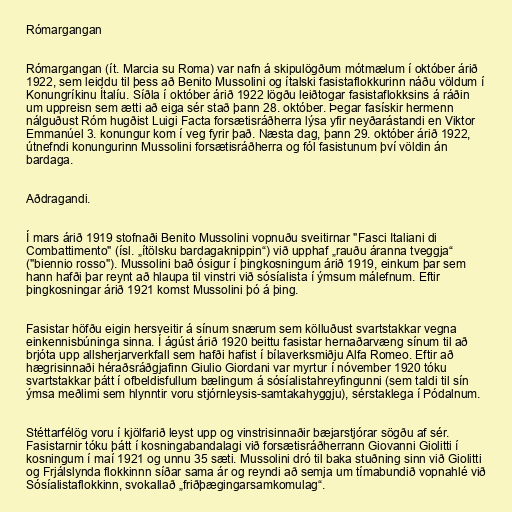
Rómargangan

Rómargangan (ít. Marcia su Roma) var nafn á skipulögðum mótmælum í október árið
1922, sem leiddu til þess að Benito Mussolini og ítalski fasistaflokkurinn náðu völdum í
Konungríkinu Ítalíu. Síðla í október árið 1922 lögðu leiðtogar fasistaflokksins á ráðin
um uppreisn sem ætti að eiga sér stað þann 28. október. Þegar fasískir hermenn
nálguðust Róm hugðist Luigi Facta forsætisráðherra lýsa yfir neyðarástandi en Viktor
Emmanúel 3. konungur kom í veg fyrir það. Næsta dag, þann 29. október árið 1922,
útnefndi konungurinn Mussolini forsætisráðherra og fól fasistunum því völdin án
bardaga.

Aðdragandi.

Í mars árið 1919 stofnaði Benito Mussolini vopnuðu sveitirnar "Fasci Italiani di
Combattimento" (ísl. „ítölsku bardagaknippin“) við upphaf „rauðu áranna tveggja“
("biennio rosso"). Mussolini bað ósigur í þingkosningum árið 1919, einkum þar sem
hann hafði þar reynt að hlaupa til vinstri við sósíalista í ýmsum málefnum. Eftir
þingkosningar árið 1921 komst Mussolini þó á þing.

Fasistar höfðu eigin hersveitir á sínum snærum sem kölluðust svartstakkar vegna
einkennisbúninga sinna. Í ágúst árið 1920 beittu fasistar hernaðarvæng sínum til að
brjóta upp allsherjarverkfall sem hafði hafist í bílaverksmiðju Alfa Romeo. Eftir að
hægrisinnaði héraðsráðgjafinn Giulio Giordani var myrtur í nóvember 1920 tóku
svartstakkar þátt í ofbeldisfullum bælingum á sósíalistahreyfingunni (sem taldi til sín
ýmsa meðlimi sem hlynntir voru stjórnleysis-samtakahyggju), sérstaklega í Pódalnum.

Stéttarfélög voru í kjölfarið leyst upp og vinstrisinnaðir bæjarstjórar sögðu af sér.
Fasistarnir tóku þátt í kosningabandalagi við forsætisráðherrann Giovanni Giolitti í
kosningum í maí 1921 og unnu 35 sæti. Mussolini dró til baka stuðning sinn við Giolitti
og Frjálslynda flokkinnn síðar sama ár og reyndi að semja um tímabundið vopnahlé við
Sósíalistaflokkinn, svokallað „friðþægingarsamkomulag“.